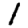
Digit: 1